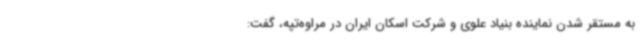
به مستقر شدن نماینده بنیاد علوی و شرکت اسکان ایران در مراوه‌تپه، گفت: